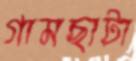
গামছাটা